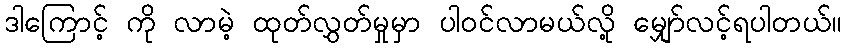
ဒါကြောင့် ကို လာမဲ့ ထုတ်လွှတ်မှုမှာ ပါဝင်လာမယ်လို့ မျှော်လင့်ရပါတယ်။